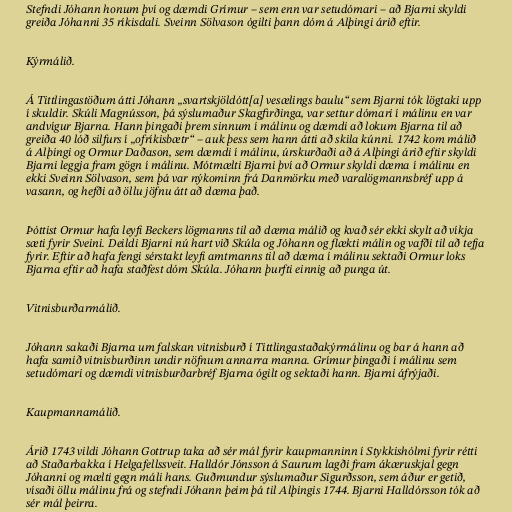
Stefndi Jóhann honum því og dæmdi Grímur – sem enn var setudómari – að Bjarni skyldi
greiða Jóhanni 35 ríkisdali. Sveinn Sölvason ógilti þann dóm á Alþingi árið eftir.

Kýrmálið.

Á Tittlingastöðum átti Jóhann „svartskjöldótt[a] vesælings baulu“ sem Bjarni tók lögtaki upp
í skuldir. Skúli Magnússon, þá sýslumaður Skagfirðinga, var settur dómari í málinu en var
andvígur Bjarna. Hann þingaði þrem sinnum í málinu og dæmdi að lokum Bjarna til að
greiða 40 lóð silfurs í „ofríkisbætr“ – auk þess sem hann átti að skila kúnni. 1742 kom málið
á Alþingi og Ormur Daðason, sem dæmdi í málinu, úrskurðaði að á Alþingi árið eftir skyldi
Bjarni leggja fram gögn í málinu. Mótmælti Bjarni því að Ormur skyldi dæma í málinu en
ekki Sveinn Sölvason, sem þá var nýkominn frá Danmörku með varalögmannsbréf upp á
vasann, og hefði að öllu jöfnu átt að dæma það.

Þóttist Ormur hafa leyfi Beckers lögmanns til að dæma málið og kvað sér ekki skylt að víkja
sæti fyrir Sveini. Deildi Bjarni nú hart við Skúla og Jóhann og flækti málin og vafði til að tefja
fyrir. Eftir að hafa fengi sérstakt leyfi amtmanns til að dæma í málinu sektaði Ormur loks
Bjarna eftir að hafa staðfest dóm Skúla. Jóhann þurfti einnig að punga út.

Vitnisburðarmálið.

Jóhann sakaði Bjarna um falskan vitnisburð í Tittlingastaðakýrmálinu og bar á hann að
hafa samið vitnisburðinn undir nöfnum annarra manna. Grímur þingaði í málinu sem
setudómari og dæmdi vitnisburðarbréf Bjarna ógilt og sektaði hann. Bjarni áfrýjaði.

Kaupmannamálið.

Árið 1743 vildi Jóhann Gottrup taka að sér mál fyrir kaupmanninn í Stykkishólmi fyrir rétti
að Staðarbakka í Helgafellssveit. Halldór Jónsson á Saurum lagði fram ákæruskjal gegn
Jóhanni og mælti gegn máli hans. Guðmundur sýslumaður Sigurðsson, sem áður er getið,
vísaði öllu málinu frá og stefndi Jóhann þeim þá til Alþingis 1744. Bjarni Halldórsson tók að
sér mál þeirra.